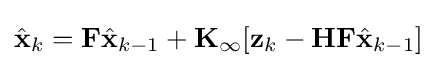
{\hat {\mathbf {x} }}_{k}=\mathbf {F} {\hat {\mathbf {x} }}_{k-1}+\mathbf {K} _{\infty }[\mathbf {z} _{k}-\mathbf {H} \mathbf {F} {\hat {\mathbf {x} }}_{k-1}]